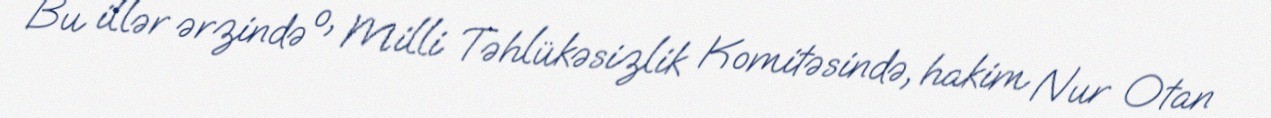
Bu illər ərzində o, Milli Təhlükəsizlik Komitəsində, hakim Nur Otan